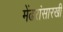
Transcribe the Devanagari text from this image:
मेंढरांसारखी